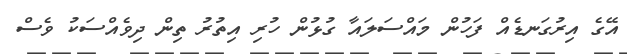
އޭގެ އިރުގަނޑެއް ފަހުން މައްސަލައާ ގުޅުން ހުރި އިތުރު ތިން ދިވެއްސަކު ވެސް